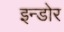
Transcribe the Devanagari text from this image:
इन्‍डोर